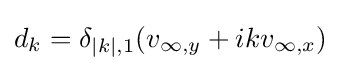
d_{k}=\delta _{\vert k\vert ,1}(v_{\infty ,y}+ikv_{\infty ,x})